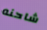
شاحنه